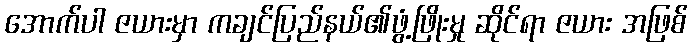
အောက်ပါ ဇယားမှာ ကချင်ပြည်နယ်၏ဖွံ့ဖြိုးမှု ဆိုင်ရာ ဇယား အဖြစ်